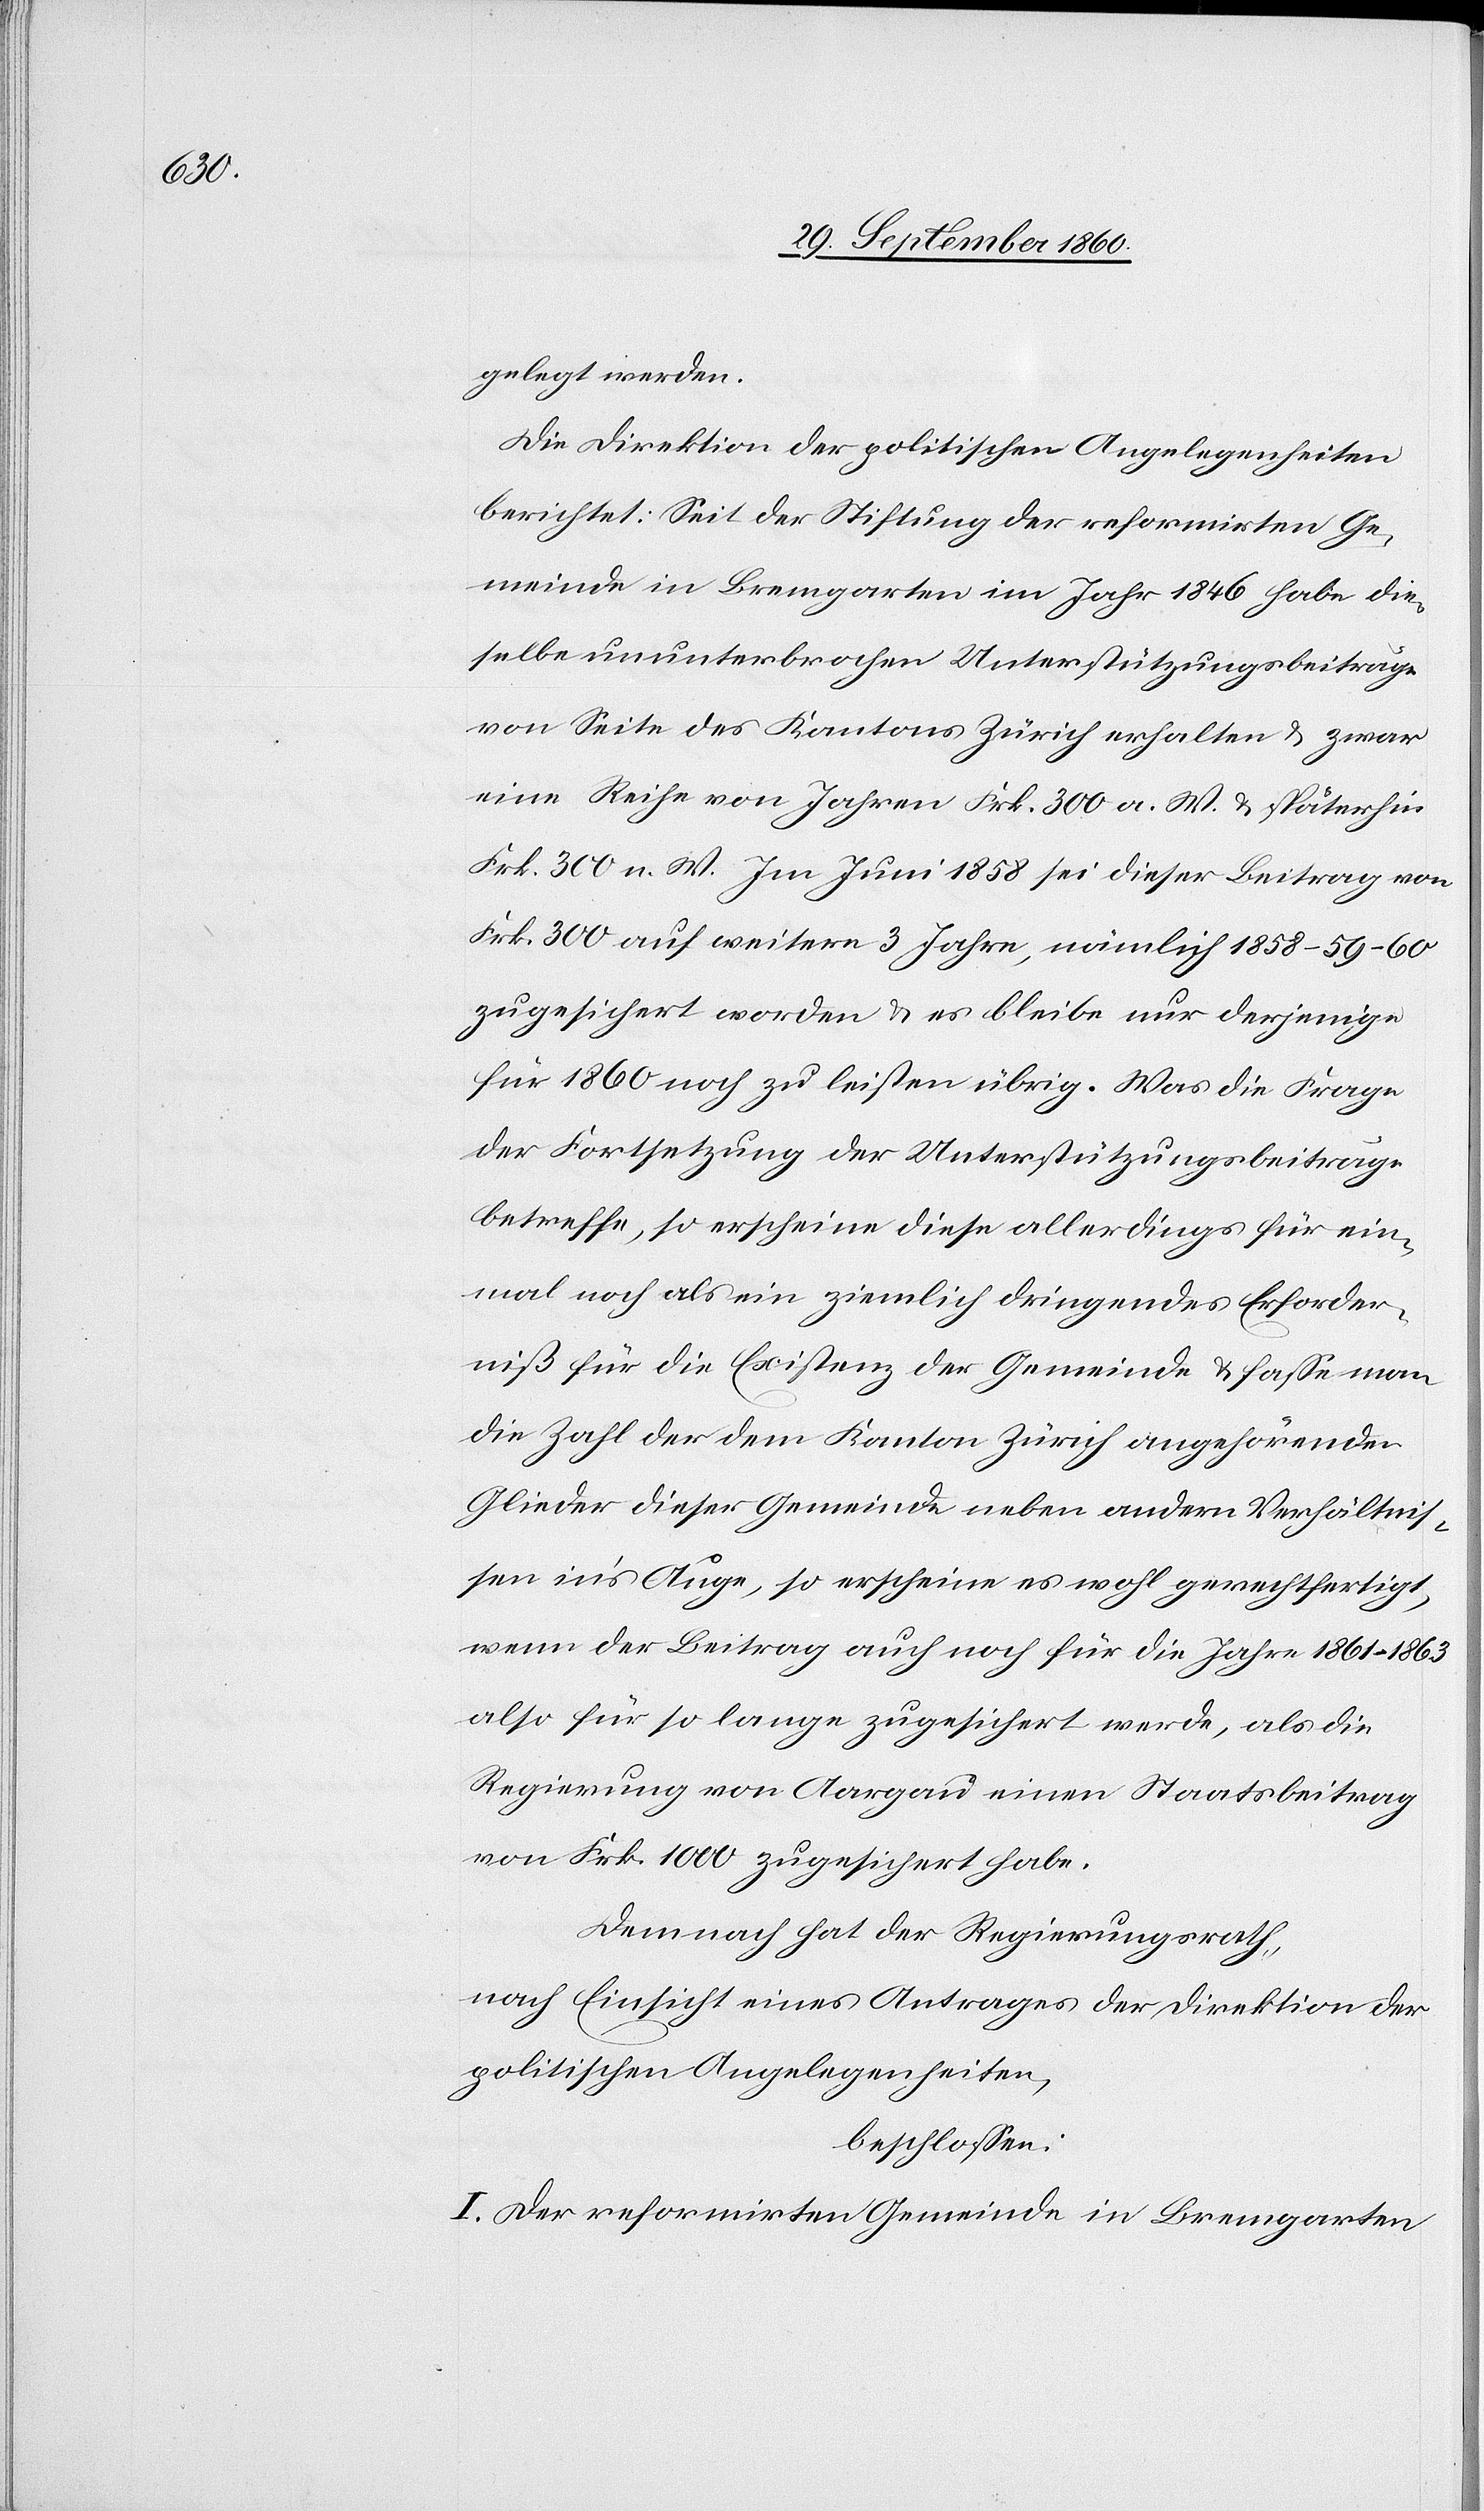
gelegt werden.
Die Direktion der politischen Angelegenheiten
berichtet: Seit der Stiftung der reformirten Ge¬
meinde in Bremgarten im Jahr 1846 habe die¬
selbe ununterbrochen Unterstützungsbeiträge
von Seite des Kantons Zürich erhalten u. zwar
eine Reihe von Jahren Frk. 300 a. W. & späterhin
Frk. 300 n. W. Im Juni 1858 sei dieser Beitrag von
Frk. 300 auf weitere 3 Jahre, nämlich 1858–59–60
zugesichert worden & es bleibe nur derjenige
für 1860 noch zu leisten übrig. Was die Frage
der Fortsetzung der Unterstützungsbeiträge
betreffe, so erscheine diese allerdings für ein¬
mal noch als ein ziemlich dringendes Erforder¬
niß für die Existenz der Gemeinde & fasse man
die Zahl der dem Kanton Zürich angehörender
Glieder dieser Gemeinde neben andern Verhältnis¬
sen in’s Auge, so erscheine es wohl gerechtfertigt,
wenn der Beitrag auch noch für die Jahre 1861–1863
also für so lange zugesichert werde, als die
Regierung von Aargau einen Staatsbeitrag
von Frk. 1000 zugesichert habe.
Demnach hat der Regierungsrath,
nach Einsicht eines Antrages der Direktion der
politischen Angelegenheiten,
beschlossen:
I. Der reformirten Gemeinde in Bremgarten